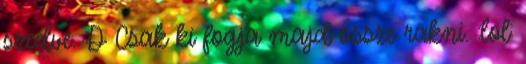
szedve. :D Csak ki fogja majd össze rakni. :lol: